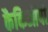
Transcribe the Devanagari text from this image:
कैकिऑपो